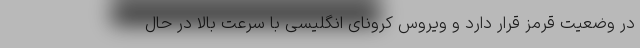
در وضعیت قرمز قرار دارد و ویروس کرونای انگلیسی با سرعت بالا در حال